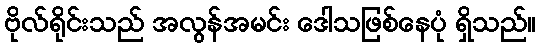
ဗိုလ်ရိုင်းသည် အလွန်အမင်း ဒေါသဖြစ်နေပုံ ရှိသည်။